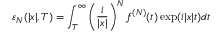
\varepsilon _ { N } ( \lvert x \rvert , T ) = \int _ { T } ^ { \infty } \left( \frac { i } { \lvert x \rvert } \right) ^ { N } f ^ { ( N ) } ( t ) \exp ( i \lvert x \rvert t ) d t